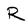
Character: R